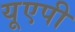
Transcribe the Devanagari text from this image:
यूएपी